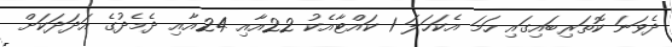
ދެވަނަ ކޮތަރިބައިގައި ހަމަ އެކަހަލަ 1 ކައްޓާއެކު 22އާއި 24އާއި ދެމެދުގެ އަދަދަކަށް